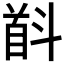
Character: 𱄋